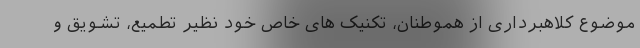
موضوع کلاهبرداری از هموطنان، تکنیک های خاص خود نظیر تطمیع، تشویق و